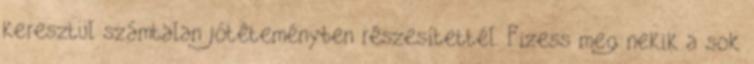
keresztül számtalan jótéteményben részesítettél. Fizess meg nekik a sok